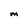
Character: M